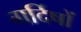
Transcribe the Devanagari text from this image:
गर्दिषों